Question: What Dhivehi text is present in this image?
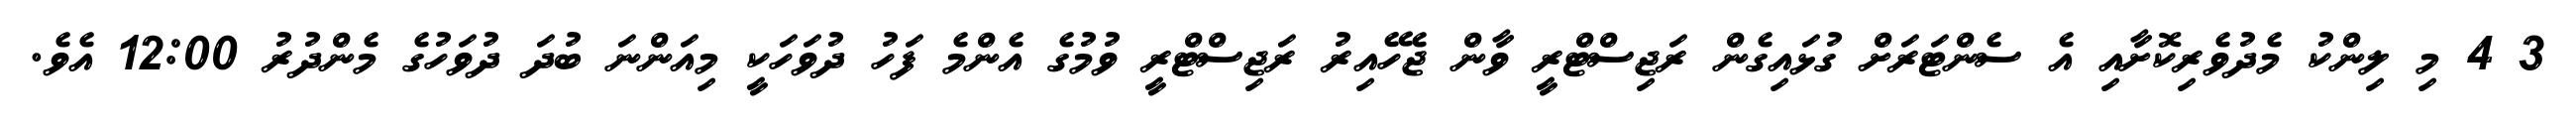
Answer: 3 4 މި ލިންކު މެދުވެރިކޮށާއި އެ ސެންޓަރަށް ގުޅައިގެން ރަޖިސްޓްރީ ވާން ޖެހޭއިރު ރަޖިސްޓްރީ ވުމުގެ އެންމެ ފަހު ދުވަހަކީ މިއަންނަ ބުދަ ދުވަހުގެ މެންދުރު 12:00 އެވެ.